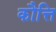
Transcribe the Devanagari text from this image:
कौत्ति